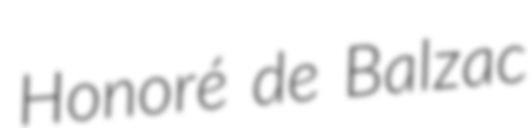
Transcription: Honoré de Balzac